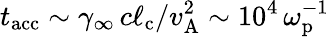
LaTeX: t_{\mathrm{acc}}\sim\gamma_{\infty}\, c\ell_{\mathrm{c}}/v_{\mathrm{A}}^{2}\sim 10^{4}\, \omega_{\mathrm{p}}^{-1}